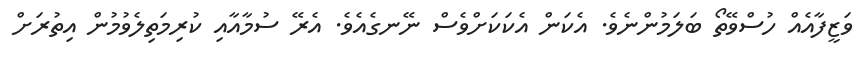
ވަޒީފާއެއް ހުސްވޭތޯ ބަލަމުންނެވެ. އެކަން އެކަކަށްވެސް ނޭނގެއެވެ. އެރޭ ސުމާއާއި ކުރިމަތިލެވުމުން އިތުރަށް